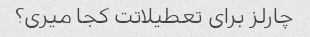
چارلز برای تعطیلاتت کجا میری؟